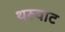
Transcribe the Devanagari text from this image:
थरुवाट